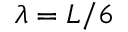
\lambda = L / 6